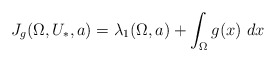
\begin{align*} J_g(\Omega,U_*,a) = \lambda_1(\Omega,a) + \int_{\Omega} g(x) \ dx \end{align*}